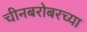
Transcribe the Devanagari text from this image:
चीनबरोबरच्या